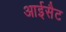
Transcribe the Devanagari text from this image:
आईसैट